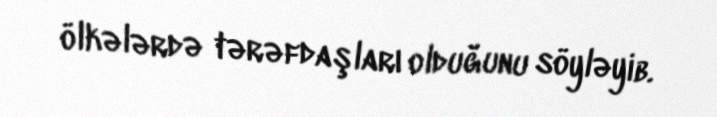
ölkələrdə tərəfdaşları olduğunu söyləyib.